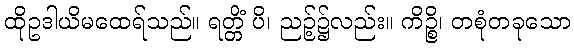
ထိုဥဒါယိမထေရ်သည်။ ရတ္တိံ ပိ၊ ညဉ့်၌လည်း။ ကိဉ္စိ၊ တစုံတခုသော